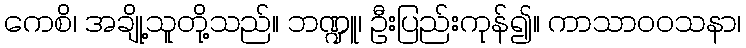
ကေစိ၊ အချို့သူတို့သည်။ ဘဏ္ဍူ၊ ဦးပြည်းကုန်၍။ ကာသာဝဝသနာ၊